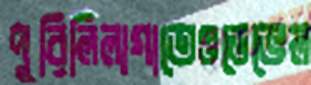
পুরিলিলাগাতেওডেভেল